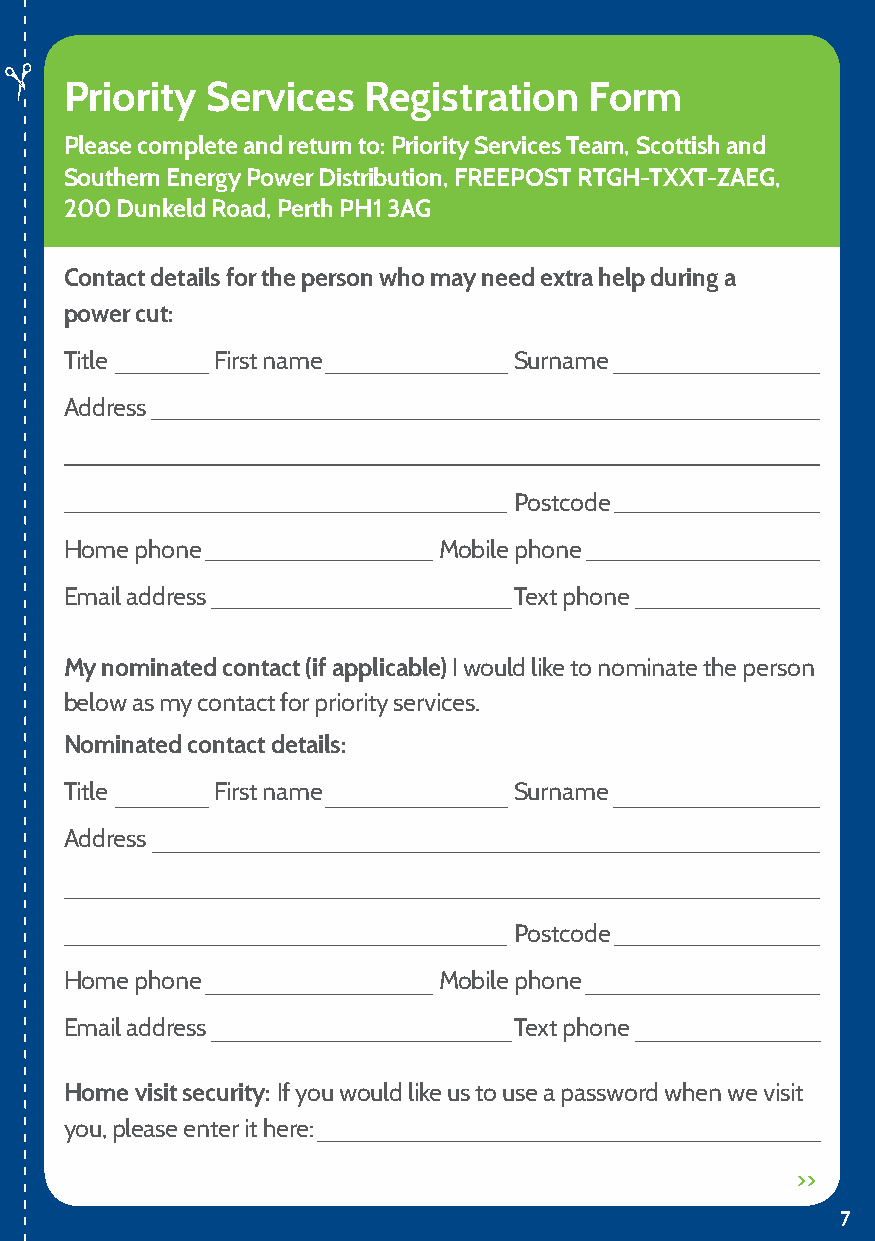
Priority  Services  Registration   Form
 Please complete and return to: Priority Services Team, Scottish and
 Southern Energy Power Distribution, FREEPOST RTGH-TXXT-ZAEG,
 200 Dunkeld Road, Perth PH1 3AG
 Contact details for the person who may need extra help during a
 power cut:
 Title     First name          Surname
 Address
 Postcode
 Home phone               Mobile phone
 Email address                 Text phone
 My nominated contact (if applicable) I would like to nominate the person
 below as my contact for priority services.
 Nominated contact details:
 Title     First name          Surname
 Address
 Postcode
 Home phone               Mobile phone
 Email address                 Text phone
 Home visit security: If you would like us to use a password when we visit
 you, please enter it here:
 >>
 7